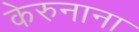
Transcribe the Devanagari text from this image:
केरुनाना